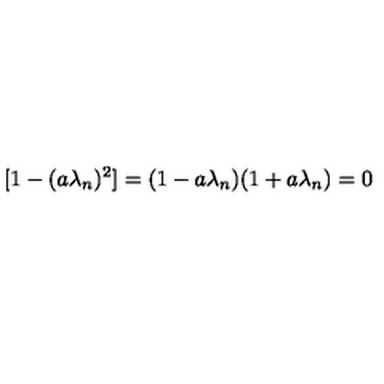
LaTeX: [ 1 - ( a \lambda _ { n } ) ^ { 2 } ] = ( 1 - a \lambda _ { n } ) ( 1 + a \lambda _ { n } ) = 0